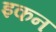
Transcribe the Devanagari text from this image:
इकन